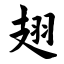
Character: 翅